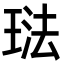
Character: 琺